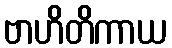
ဗာဟိတိကာယ